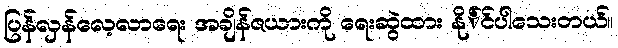
ပြန်လှန်လေ့လာရေး အချိန်ဇယားကို ရေးဆွဲထား နို်င်ပါသေးတယ်။